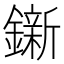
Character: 𨭩